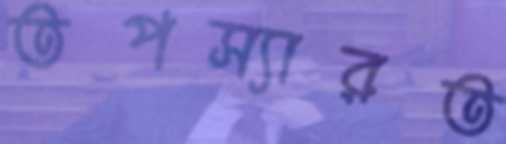
তপস্যারত